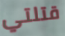
قتلتي